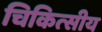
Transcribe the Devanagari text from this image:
चिकित्‍सीय